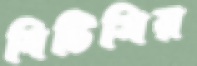
বিটিসির